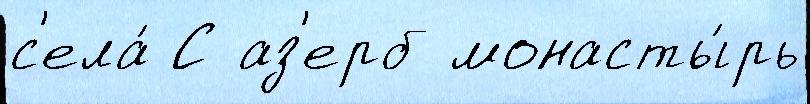
с'ела́ С аз'ерб монасты́рь